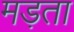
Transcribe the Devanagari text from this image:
मड़ता